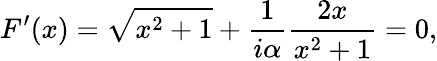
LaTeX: F^{\prime}(x)=\sqrt{x^{2}+1}+{\frac{1}{i\alpha}}{\frac{2x}{x^{2}+1}}=0,